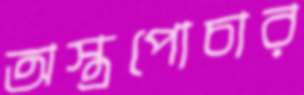
অস্ত্রপোচার